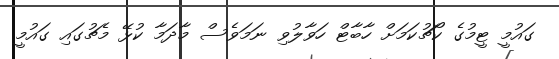
ގައުމީ ޓީމުގެ ކޯޗުކަމަށް ހާބާޓް ހަވާލުވި ނަމަވެސް މާދަމާ ކުޅޭ މެޗުގައި ގައުމީ